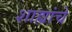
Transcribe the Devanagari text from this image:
शाह्यांचे